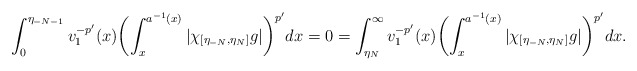
\begin{align*}\int_0^{\eta_{-N-1}}v_1^{-p'}(x)\biggl(\int_x^{a^{-1}(x)}|\chi_{[\eta_{-N},\eta_N]}g|\biggr)^{p'}dx=0=\int_{\eta_{N}}^\infty v_1^{-p'}(x)\biggl(\int_x^{a^{-1}(x)}|\chi_{[\eta_{-N},\eta_N]}g|\biggr)^{p'}dx.\end{align*}